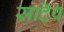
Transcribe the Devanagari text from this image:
सदिप